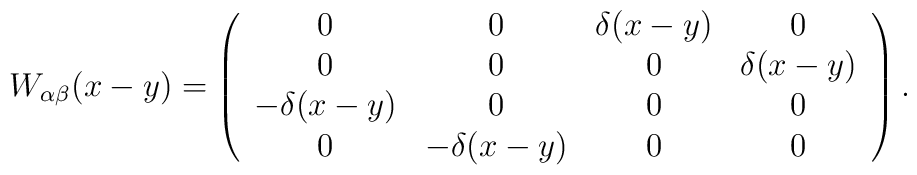
W_{\alpha \beta}(x-y)=\left(\begin{array}{cccc}0 & 0 & \delta (x-y) & 0 \\0 & 0 & 0 & \delta (x-y) \\-\delta (x-y) & 0 & 0 & 0 \\0 & -\delta (x-y) & 0 & 0\end{array}\right).